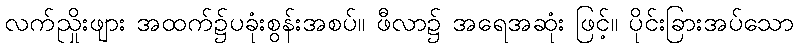
လက်ညှိုးဖျား အထက်၌ပခုံးစွန်းအစပ်။ ဖီလာ၌ အရေအဆုံး ဖြင့်။ ပိုင်းခြားအပ်သော